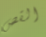
القص